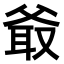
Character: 𤕖